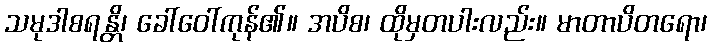
သမုဒါစရန္တိ၊ ခေါ်ဝေါ်ကုန်၏။ အပိစ၊ ထိုမှတပါးလည်း။ မာတာပိတရော၊